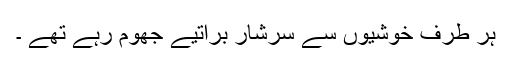
ہر طرف خوشیوں سے سرشار براتیے جھوم رہے تھے ۔